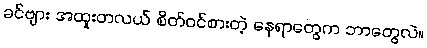
ခင်ဗျား အထူးတလယ် စိတ်ဝင်စားတဲ့ နေရာတွေက ဘာတွေလဲ။